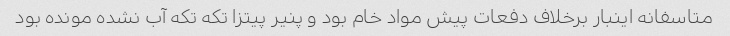
متاسفانه اینبار برخلاف دفعات پیش مواد خام بود و پنیر پیتزا تکه تکه آب نشده مونده بود